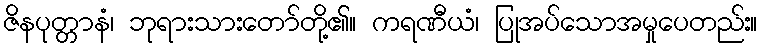
ဇိနပုတ္တာနံ၊ ဘုရားသားတော်တို့၏။ ကရဏီယံ၊ ပြုအပ်သောအမှုပေတည်း။